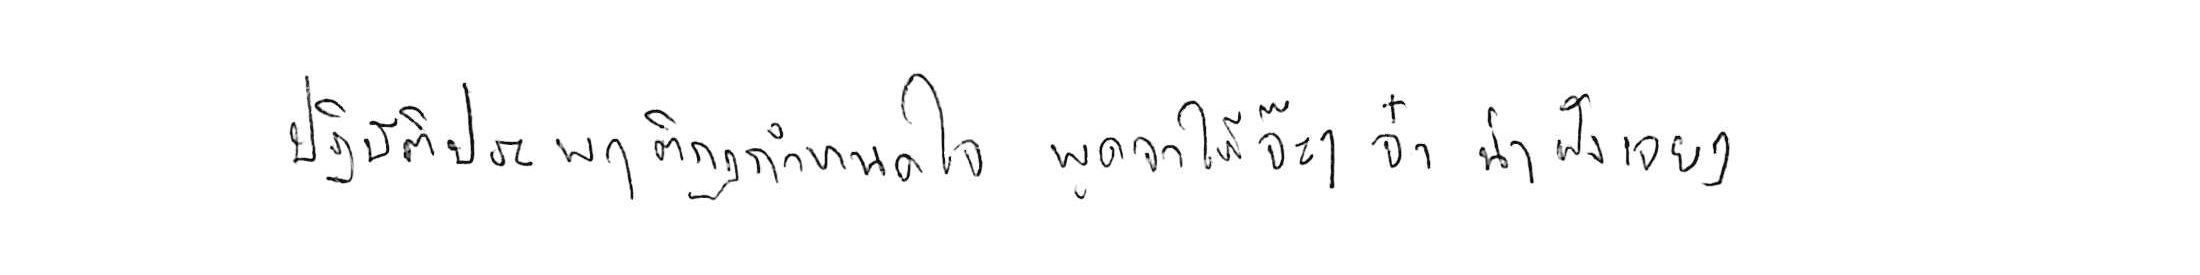
ปฏิบัติประพฤติกฎกำหนดใจ พูดจาให้จ๊ะๆ จ๋า น่าฟังเอยฯ